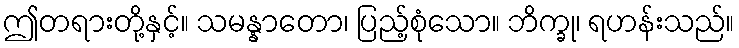
ဤတရားတို့နှင့်။ သမန္နာတော၊ ပြည့်စုံသော။ ဘိက္ခု၊ ရဟန်းသည်။